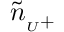
\tilde { n } _ { { } _ { U } + }